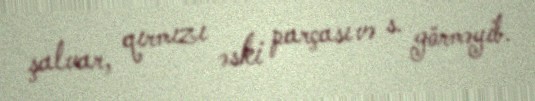
şalvar, qırmızı əski parçası və s. görməyib.